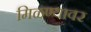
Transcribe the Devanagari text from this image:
मिळण्यावर